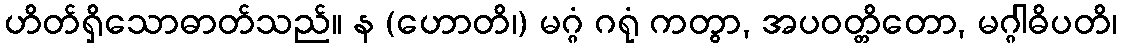
ဟိတ်ရှိသောဓာတ်သည်။ န (ဟောတိ၊) မဂ္ဂံ ဂရုံ ကတွာ, အပဝတ္တိတော, မဂ္ဂါဓိပတိ၊